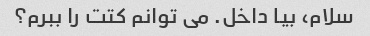
سلام، بیا داخل. می توانم کتت را ببرم؟